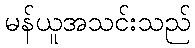
မန်ယူအသင်းသည်